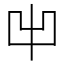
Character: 𠚆